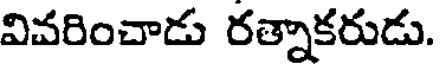
వివరించాడు రత్నాకరుడు.